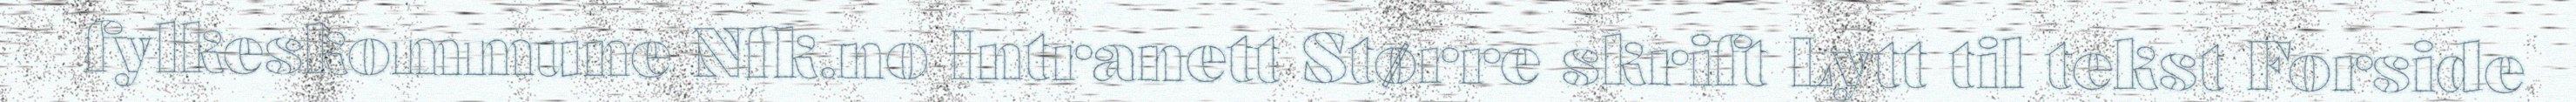
fylkeskommune Nfk.no Intranett Større skrift Lytt til tekst Forside